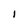
Character: l